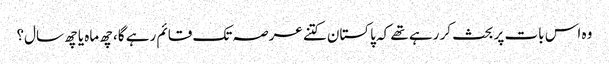
وہ اس بات پر بحث کر رہے تھے کہ پاکستان کتنے عرصہ تک قائم رہے گا، چھ ماہ یا چھ سال؟